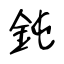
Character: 鈍